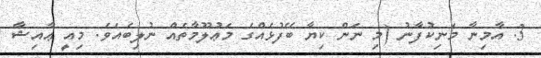
3. އާމިނާ މަނިކުފާނު (މި ނަން ކިޔާ ބޭފުޅެއްގެ މަޢުލޫމާތެއް ނުލިބެއެވެ. މިއީ ޢާއިޝާ